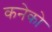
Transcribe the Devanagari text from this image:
कनेको